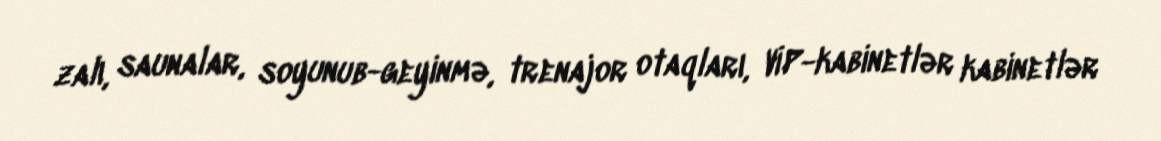
zalı, saunalar, soyunub-geyinmə, trenajor otaqları, VİP-kabinetlər kabinetlər